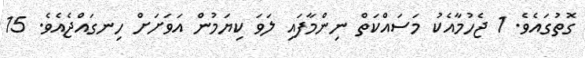
ގޮތުގައެވެ. 1 ޖެހުމާއެކު މަސައްކަތް ނިންމާފައި ލަވަ ކިޔަމުން އަވަށަށް ހިނގައްޖެއެވެ. 15